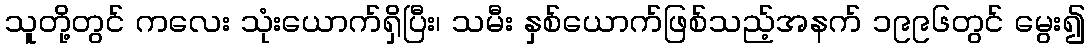
သူတို့တွင် ကလေး သုံးယောက်ရှိပြီး၊ သမီး နှစ်ယောက်ဖြစ်သည့်အနက် ၁၉၉၆တွင် မွေး၍